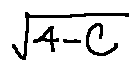
\sqrt { 4 - C }